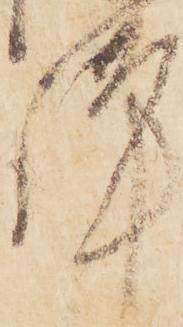
謹